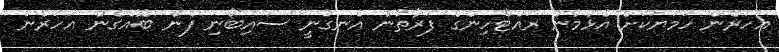
އަހަރެން ހަމަޔަކަށް އެޅުމުން ރައްޓެހިންގެ ފަރާތުން އެނގުނީ ސައިބޯނި ފެން ބޮއެގެން އަހަރެން